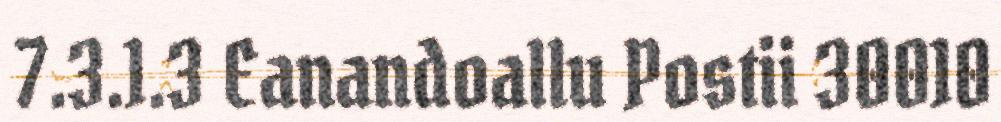
7.3.1.3 Eanandoallu Postii 30010